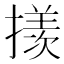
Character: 𪮲